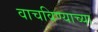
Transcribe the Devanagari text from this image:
वाचविण्याच्या